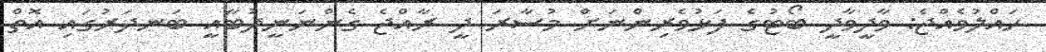
ހައްލުވެއްޖެ: ވާދީވާދީ ބޯޓުގެ ފަޅުވެރިންނަށް މުސާރަ ދީ ރާއްޖެ ގެންނަނީދުބާއީ ބަނދަރުގައި އޮތް